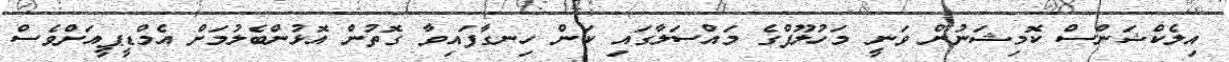
އިލެކްޝަންސް ކޮމިޝަނުން ވަނީ މަހުލޫފްގެ މައްސަލާގައި ކަން ހިނގާފައިވާ ގޮތުން އޮޅުންބެލުމަށް އެމްޑީޕީއަށްވެސް